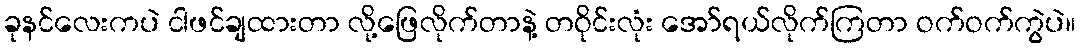
ခုနင်လေးကပဲ ငါဖင်ချထားတာ လို့ဖြေလိုက်တာနဲ့ တဝိုင်းလုံး အော်ရယ်လိုက်ကြတာ ဝက်ဝက်ကွဲပဲ။